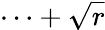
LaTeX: \cdots+\sqrt{r}